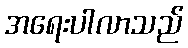
အရေးပါလာသည်